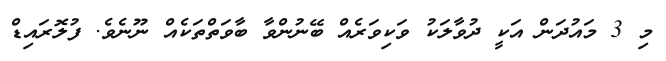
މި 3 މައުދަން އަކީ ދުވާލަކު ވަކިވަރެއް ބޭނުންވާ ބާވަތްތަކެއް ނޫނެވެ. ފުލޮރައިޑް